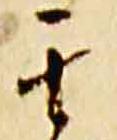
其